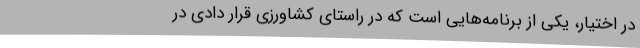
در اختیار، یکی از برنامه‌هایی است که در راستای کشاورزی قرار دادی در